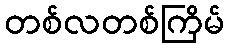
တစ်လတစ်ကြိမ်